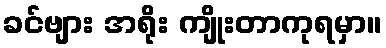
ခင်ဗျား အရိုး ကျိုးတာကုရမှာ။